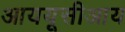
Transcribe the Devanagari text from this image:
आययूसीआय